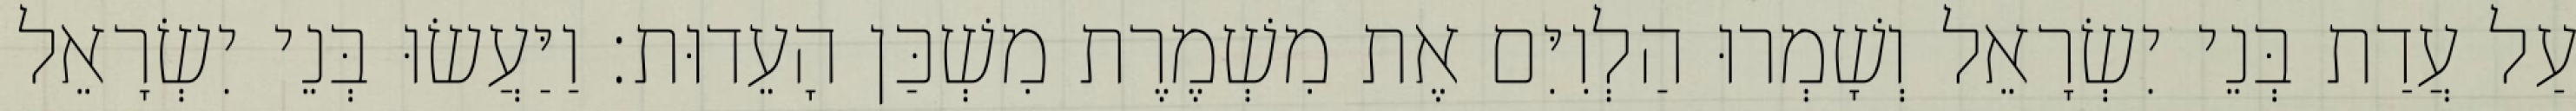
עַל עֲדַת בְּנֵי יִשְׂרָאֵל וְשָׁמְרוּ הַלְוִיִּם אֶת מִשְׁמֶרֶת מִשְׁכַּן הָעֵדוּת׃ וַיַּעֲשׂוּ בְּנֵי יִשְׂרָאֵל